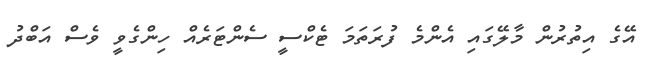
އޭގެ އިތުރުން މާލޭގައި އެންމެ ފުރަތަމަ ޓެކްސީ ސެންޓަރެއް ހިންގެވީ ވެސް އަބްދު